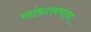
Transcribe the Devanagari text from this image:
खांबटाक्यांना